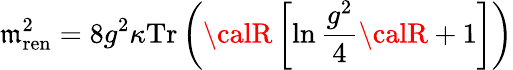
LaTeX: \mathfrak{m}_{\mathrm{{ren}}}^{2}=8g^{2}\kappa\mathrm{{Tr}}\left({\calR}\left[\ln\frac{{g^{2}}}{{4}}{\calR}+1\right]\right)